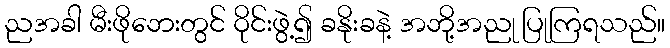
ညအခါ မီးဖိုဘေးတွင် ဝိုင်းဖွဲ့၍ ခနိုးခနဲ့ အဘို့အညု ပြုကြရသည်။